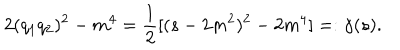
LaTeX: 2 ( q _ { 1 } q _ { 2 } ) ^ { 2 } - m ^ { 4 } = \frac { 1 } { 2 } [ ( s - 2 m ^ { 2 } ) ^ { 2 } - 2 m ^ { 4 } ] = : \gamma ( s ) .